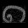
Digit: ၈